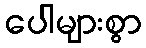
ပေါများစွာ